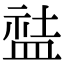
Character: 䀅